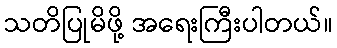
သတိပြုမိဖို့ အရေးကြီးပါတယ်။